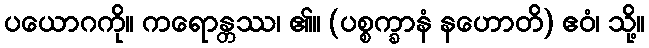
ပယောဂကို။ ကရောန္တဿ၊ ၏။ (ပစ္စက္ခာနံ နဟောတိ) ဧဝံ၊ သို့။